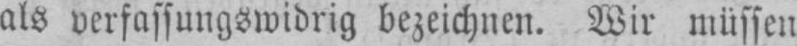
als verfassungswidrig bezeichnen. Wir müssen